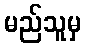
မည်သူမှ